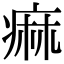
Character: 痲